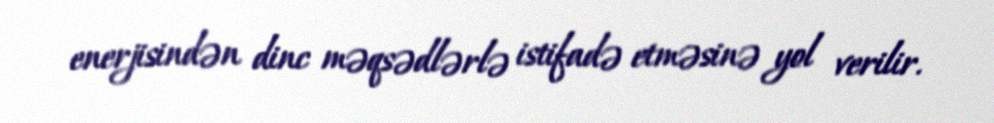
enerjisindən dinc məqsədlərlə istifadə etməsinə yol verilir.